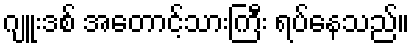
ဂျူးဒစ် အတောင့်သားကြီး ရပ်နေသည်။